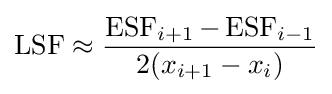
\operatorname {LSF} \approx {\frac {\operatorname {ESF} _{i+1}-\operatorname {ESF} _{i-1}}{2(x_{i+1}-x_{i})}}